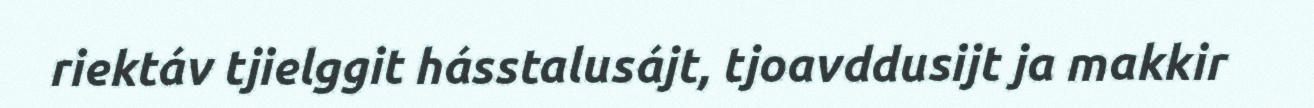
riektáv tjielggit hásstalusájt, tjoavddusijt ja makkir